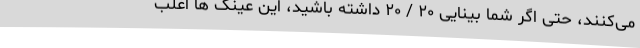
می‌کنند، حتی اگر شما بینایی ۲۰ / ۲۰ داشته باشید، این عینک ها اغلب